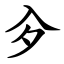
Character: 㒱